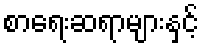
စာရေးဆရာများနှင့်